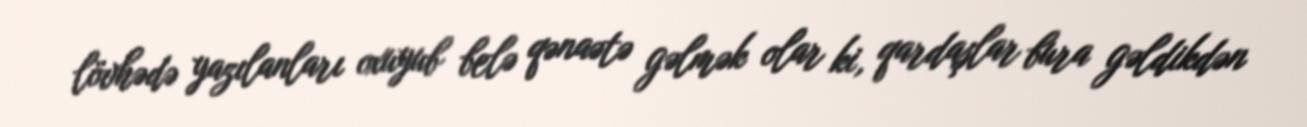
lövhədə yazılanları oxuyub belə qənaətə gəlmək olar ki, qardaşlar bura gəldikdən